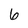
Character: 6